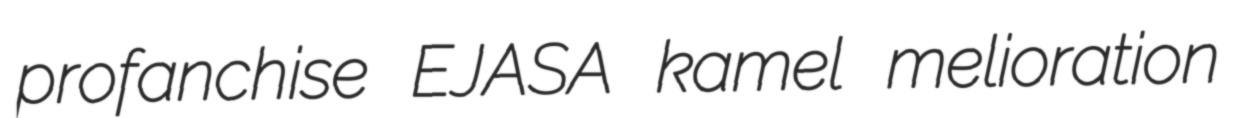
profanchise EJASA kamel melioration